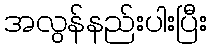
အလွန်နည်းပါးပြီး